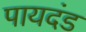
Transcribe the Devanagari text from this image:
पायदंड